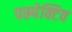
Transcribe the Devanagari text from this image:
पस्र्पेक्टिव